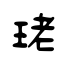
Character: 珯